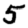
Digit: 5